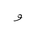
Letter: _waw